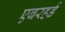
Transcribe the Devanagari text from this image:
एबरहर्ड